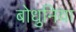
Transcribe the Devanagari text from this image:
बोधुनिया